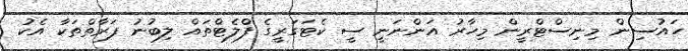
ހައުސިން މިނިސްޓްރީން މިހާރު އަންނަނީ ސީ ކެޓަގަރީގެ ފްލެޓްތައް ލިބުނު ފަރާތްތަކާ އެކު